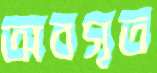
অবসৃত